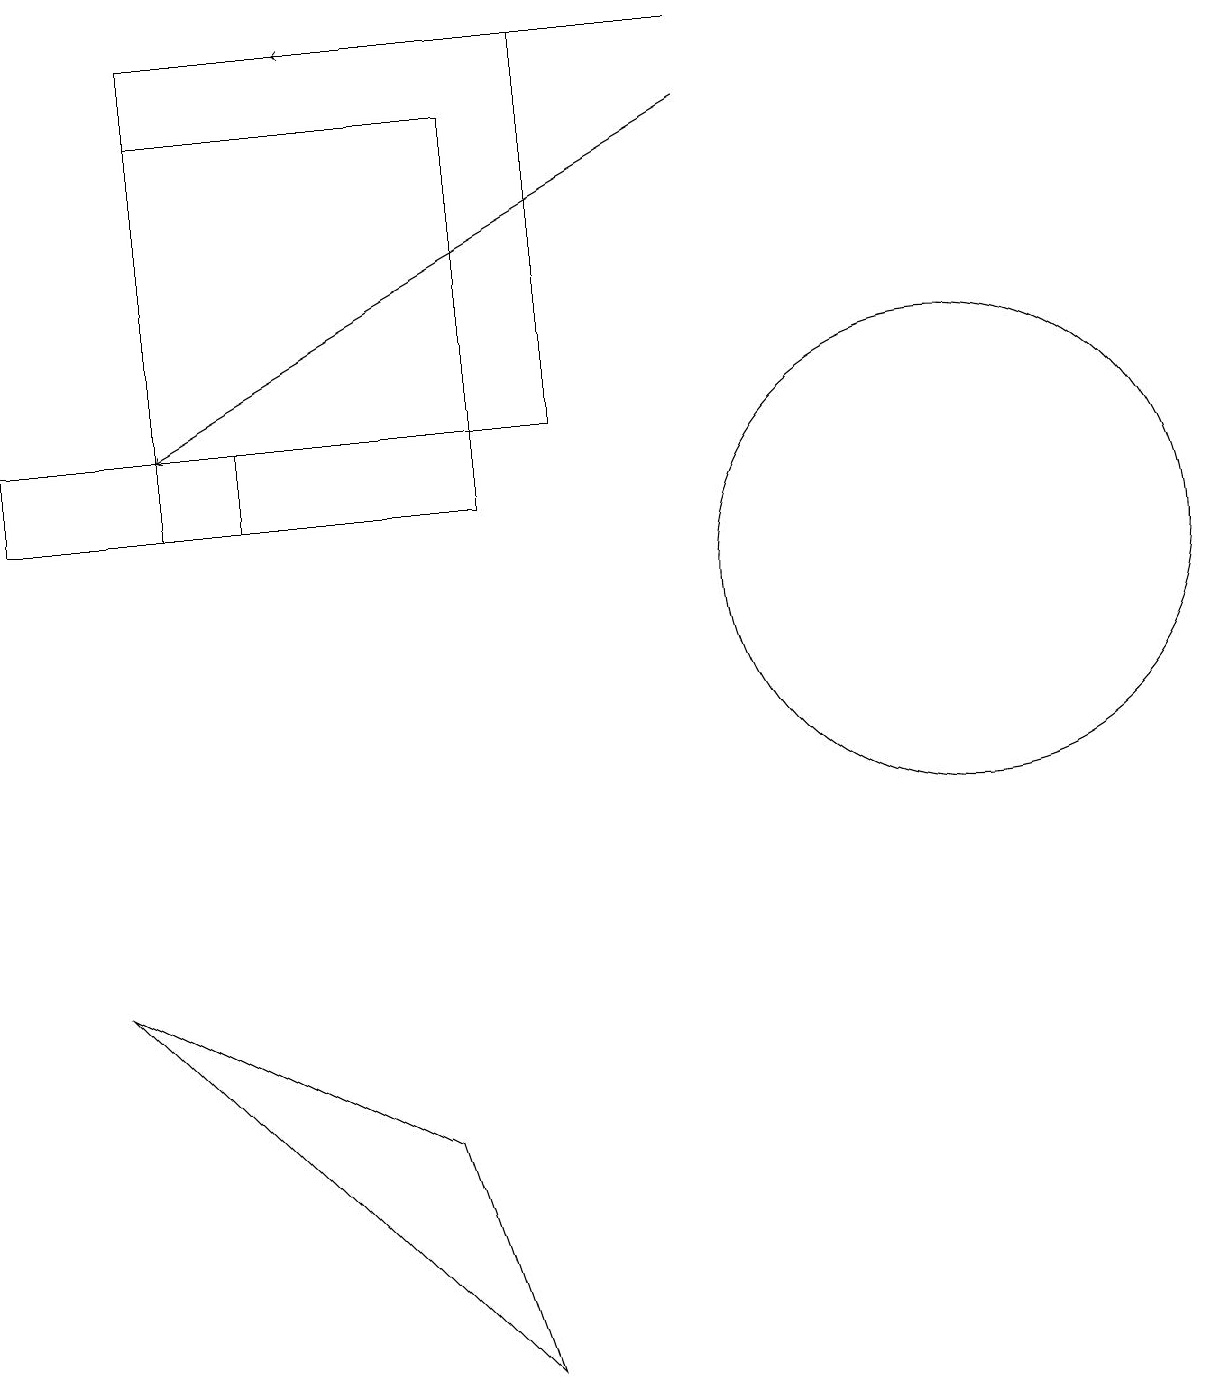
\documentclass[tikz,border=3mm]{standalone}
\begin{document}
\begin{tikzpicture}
\draw (3,12) rectangle (0,11);
\draw (6,0) -- (1,5) -- (5,3) -- cycle;
\draw[->] (9,17) -- (4,17);
\draw (12,10) circle (3);
\draw (6,16) rectangle (2,11);
\draw[->] (9,16) -- (2,12);
\draw (2,17) rectangle (7,12);
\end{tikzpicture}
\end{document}